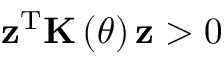
{ \bf z } ^ { \mathrm { T } } { \bf K } \left( \theta \right) { \bf z } > 0